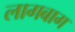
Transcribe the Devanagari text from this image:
लागबाग